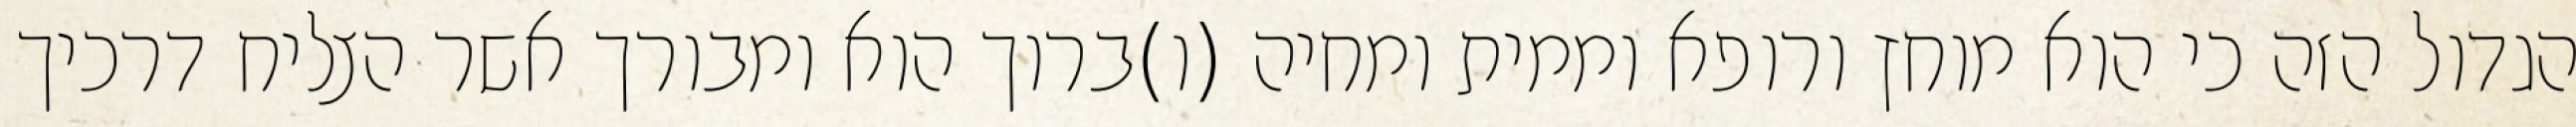
הגדול הזה כי הוא מוחץ ורופא וממית ומחיה (ו)ברוך הוא ומבורך אשר הצליח דרכיך